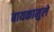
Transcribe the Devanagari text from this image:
बायकामुले